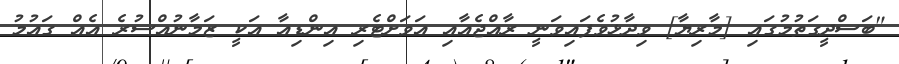
"ބަސްދީގަތުމުގައި [މާރިޔާ] ވިދާޅުވެފައިވަނީ ރާއްޖެއާއި އަވަށްޓެރި އިންޑިއާ އަކީ ޒަމާނުއްސުރެ އެއް ގައުމު